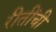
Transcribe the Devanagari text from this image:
रीतींची